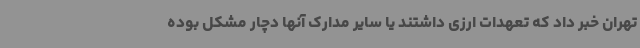
تهران خبر داد که تعهدات ارزی داشتند یا سایر مدارک آنها دچار مشکل بوده